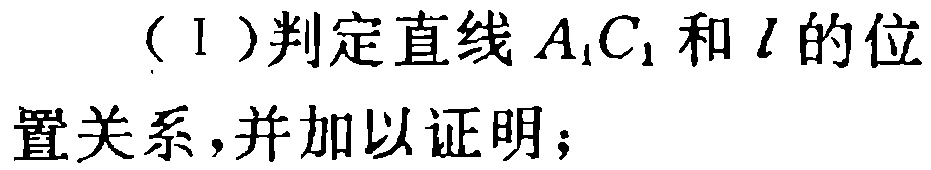
（I）判定直线\(A_{1}C_{1}\)和\(l\)的位置关系，并加以证明；